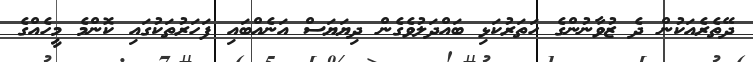
ދޭތެރެއަކުން ދެ ޒުވާނުންގެ ހަތަރުކަޅި ބައްދަލުވެގެން ދިޔަޔަސް އަނެއްބައި ފަހަރުތަކުގައި ކޮންމެ މީހެއްގެ